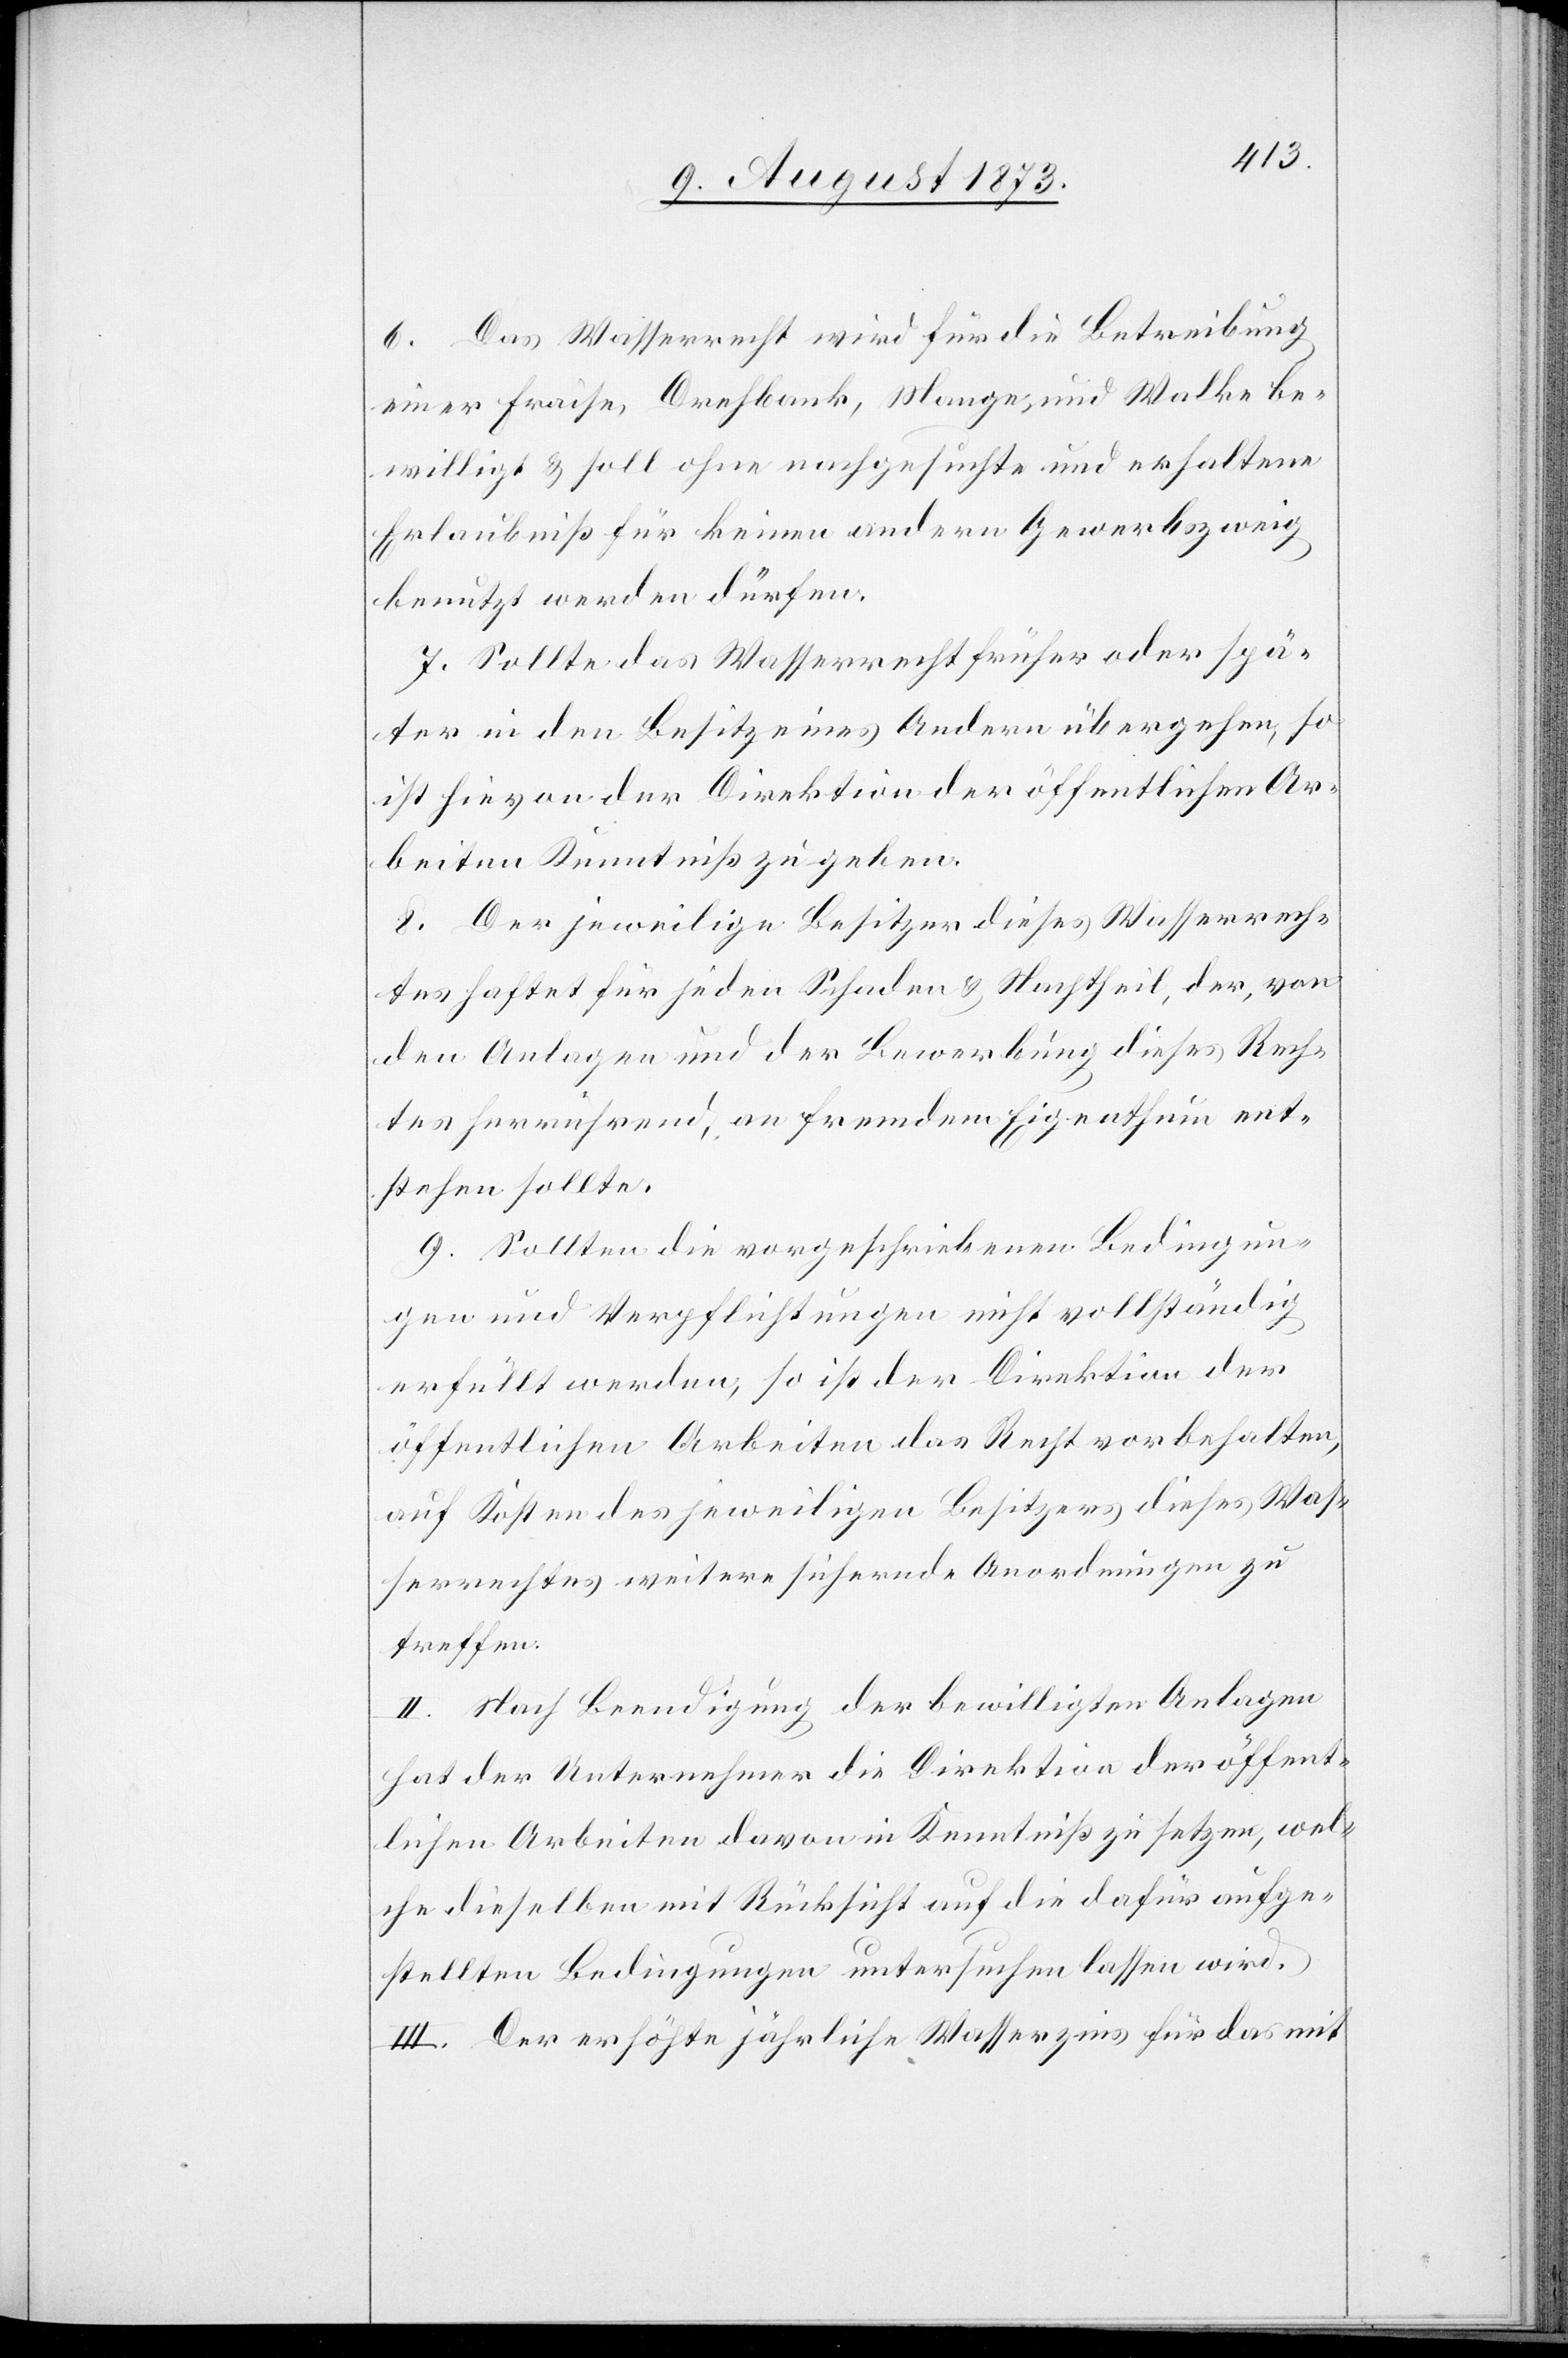
6. Das Wasserrecht wird für die Betreibung
einer Fraise, Drehbank, Mange und Walke be¬
willigt & soll ohne nachgesuchte und erhaltene
Erlaubniß für keinen andern Gewerbszweig
benutzt werden dürfen.
7. Sollte das Wasserrecht früher oder spä¬
ter in den Besitz eines Andern übergehen, so
ist hievon der Direktion der öffentlichen Ar¬
beiten Kenntniß zu geben.
8. Der jeweilige Besitzer dieses Wasserrech¬
tes haftet für jeden Schaden & Nachtheil, der, von
den Anlagen und der Bewerbung dieses Rech¬
tes herrührend, an fremdem Eigenthum ent¬
stehen sollte.
9. Sollten die vorgeschriebenen Bedingun¬
gen und Verpflichtungen nicht vollständig
erfüllt werden, so ist der Direktion der
öffentlichen Arbeiten das Recht vorbehalten,
auf Kosten des jeweiligen Besitzers dieses Was¬
serrechtes weitere sichernde Anordnungen zu
treffen.
II. Nach Beendigung der bewilligten Anlagen
hat der Unternehmer die Direktion der öffent¬
lichen Arbeiten davon in Kenntniß zu setzen, wel¬
che dieselben mit Rücksicht auf die dafür aufge¬
stellten Bedingungen untersuchen lassen wird.
III. Der erhöhte jährliche Wasserzins für das mit